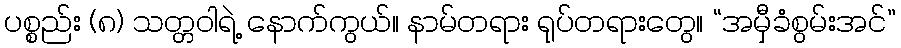
ပစ္စည်း (၈) သတ္တဝါရဲ့ နောက်ကွယ်။ နာမ်တရား ရုပ်တရားတွေ။ “အမှီခံစွမ်းအင်”